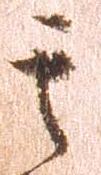
其